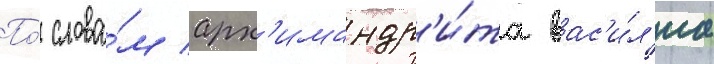
По́ слова́м арх'имандр'и́та вас'и́л'иа